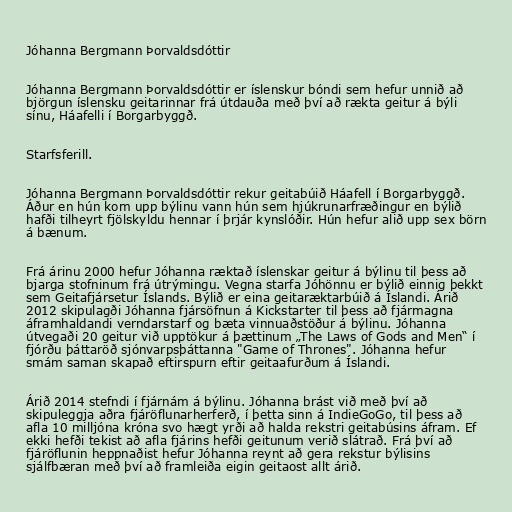
Jóhanna Bergmann Þorvaldsdóttir

Jóhanna Bergmann Þorvaldsdóttir er íslenskur bóndi sem hefur unnið að
björgun íslensku geitarinnar frá útdauða með því að rækta geitur á býli
sínu, Háafelli í Borgarbyggð.

Starfsferill.

Jóhanna Bergmann Þorvaldsdóttir rekur geitabúið Háafell í Borgarbyggð.
Áður en hún kom upp býlinu vann hún sem hjúkrunarfræðingur en býlið
hafði tilheyrt fjölskyldu hennar í þrjár kynslóðir. Hún hefur alið upp sex börn
á bænum.

Frá árinu 2000 hefur Jóhanna ræktað íslenskar geitur á býlinu til þess að
bjarga stofninum frá útrýmingu. Vegna starfa Jóhönnu er býlið einnig þekkt
sem Geitafjársetur Íslands. Býlið er eina geitaræktarbúið á Íslandi. Árið
2012 skipulagði Jóhanna fjársöfnun á Kickstarter til þess að fjármagna
áframhaldandi verndarstarf og bæta vinnuaðstöður á býlinu. Jóhanna
útvegaði 20 geitur við upptökur á þættinum „The Laws of Gods and Men“ í
fjórðu þáttaröð sjónvarpsþáttanna "Game of Thrones". Jóhanna hefur
smám saman skapað eftirspurn eftir geitaafurðum á Íslandi.

Árið 2014 stefndi í fjárnám á býlinu. Jóhanna brást við með því að
skipuleggja aðra fjáröflunarherferð, í þetta sinn á IndieGoGo, til þess að
afla 10 milljóna króna svo hægt yrði að halda rekstri geitabúsins áfram. Ef
ekki hefði tekist að afla fjárins hefði geitunum verið slátrað. Frá því að
fjáröflunin heppnaðist hefur Jóhanna reynt að gera rekstur býlisins
sjálfbæran með því að framleiða eigin geitaost allt árið.